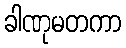
ခါဏုမတကာ